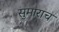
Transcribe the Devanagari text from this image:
सुमाराच